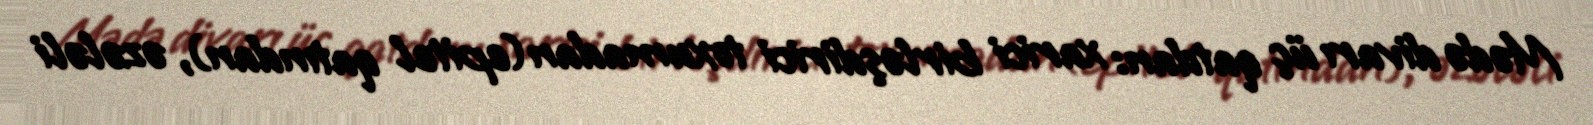
Mədə divarı üç qatdan: xarici birləşdirici toxumadan(epitel qatından), əzələli